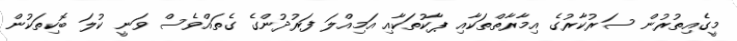
މީގެއިތުރުން ސަރުކާރުގެ އިމާރާތްތަކާއި ޕާކުތަކާއި އަމިއްލަ ފަރުދުންގެ ގެތައްވެސް ވަނީ ކުލަ ބޮކިތަކުން